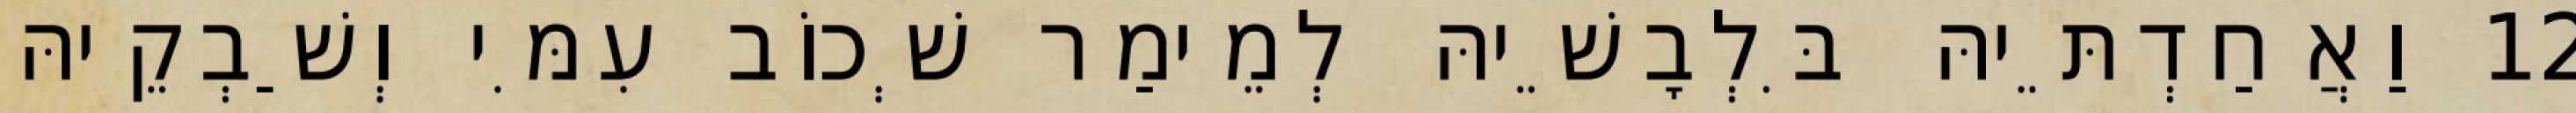
12 וַאֲחַדְתֵּיהּ בִּלְבָשֵׁיהּ לְמֵימַר שְׁכוֹב עִמִּי וְשַׁבְקֵיהּ